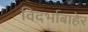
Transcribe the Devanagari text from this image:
विदर्भाबाहेर